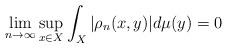
LaTeX: \begin{align*}\lim_{n\to \infty}\sup_{x\in X}\int_X|\rho_n(x,y)|d\mu(y)=0\end{align*}